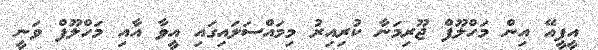
އީޕީއޭ އިން މަހްލޫފް ޖޫރިމަނާ ކުރިއިރު މިމައްސަލައިގައި އީވާ އާއި މަހްލޫފް ވަނީ